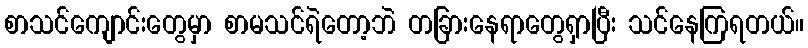
စာသင်ကျောင်းတွေမှာ စာမသင်ရဲတော့ဘဲ တခြားနေရာတွေရှာပြီး သင်နေကြရတယ်။